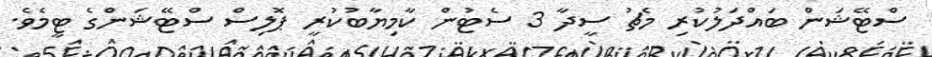
ސްޓޭޝަން ބައްދަލުކުރި މެޗު ސީދާ 3 ސެޓުން ކާމިޔާބުކުރީ ޕޮލިސް ސްޓޭޝަންގެ ޓީމެވެ.